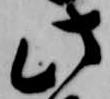
此